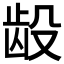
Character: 𲎧